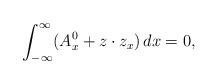
LaTeX: \begin{align*}\int_{-\infty}^{\infty} (A^0_x+z\cdot z_x)\,dx=0,\end{align*}